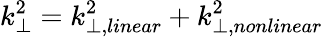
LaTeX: k_{\perp}^{2}=k_{\perp,linear}^{2}+k_{\perp,nonlinear}^{2}